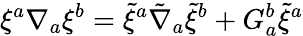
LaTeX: {\xi}^{a}{\nabla}_{a}{\xi}^{b}=\tilde{\xi}^{a}\tilde{\nabla}_{a}\tilde{\xi}^{b}+G_{a}^{b}\tilde{\xi}^{a}